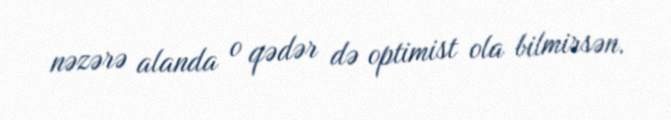
nəzərə alanda o qədər də optimist ola bilmirsən.